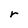
Character: r